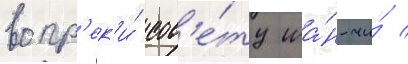
вопр'ек'и́ сов'е́ту ша́н-чи́ /